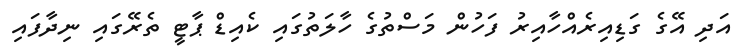
އަދި އޭގެ ގަޑިއިރެއްހާއިރު ފަހުން މަސްތުގެ ހާލަތުގައި ކެއިޑް ޕާޓީ ތެރޭގައި ނިދާފައި